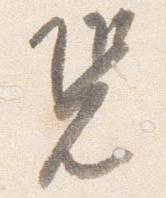
況